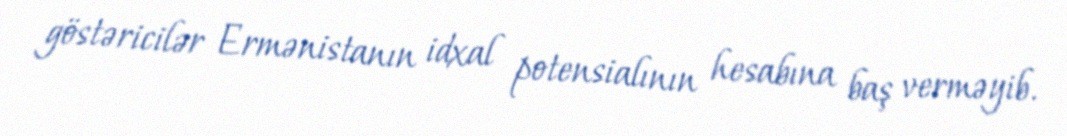
göstəricilər Ermənistanın idxal potensialının hesabına baş verməyib.